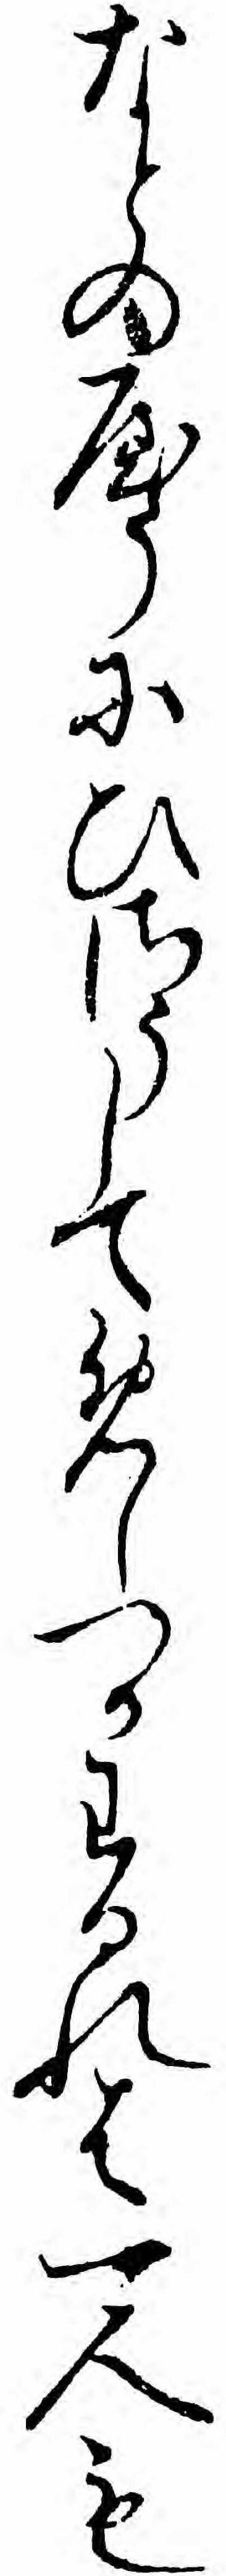
なとのやうにひさうしてめしつかわるれは一人も